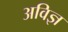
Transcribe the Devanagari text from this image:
अविज्ञ